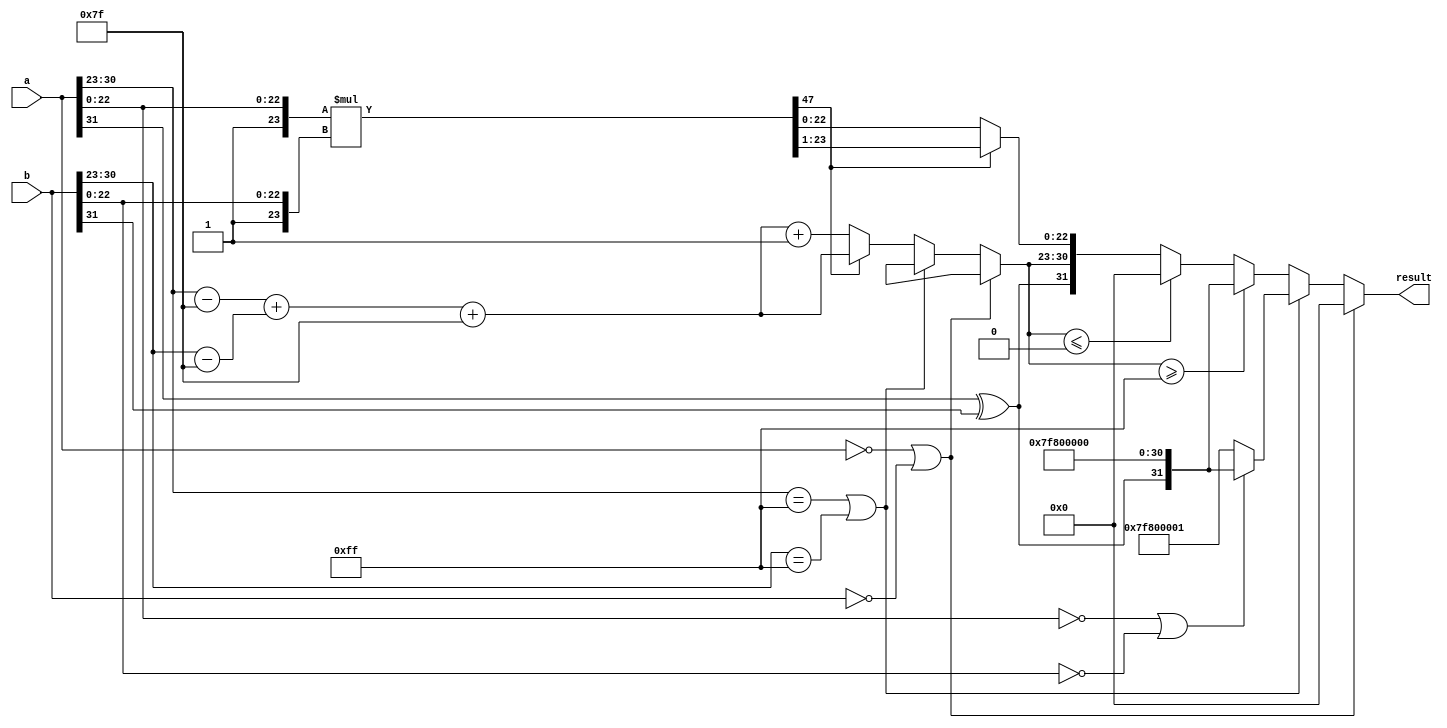
module fp_multiplier (
    input [31:0] a, // First floating-point input
    input [31:0] b, // Second floating-point input
    output reg [31:0] result // Resulting floating-point output
);

    // Constants
    localparam BIAS = 8'd127;
    localparam EXPONENT_BITS = 8;
    localparam MANTISSA_BITS = 23;
    localparam EXPONENT_MAX = 8'b11111111; // 255
    localparam EXPONENT_MIN = 8'b00000000; // 0

    // Internal signals
    wire sign_a = a[31];
    wire sign_b = b[31];
    wire [EXPONENT_BITS-1:0] exp_a = a[30:23];
    wire [EXPONENT_BITS-1:0] exp_b = b[30:23];
    wire [MANTISSA_BITS-1:0] mant_a = a[22:0];
    wire [MANTISSA_BITS-1:0] mant_b = b[22:0];

    wire [MANTISSA_BITS+1:0] mant_a_norm = {1'b1, mant_a}; // Normalize mantissa a
    wire [MANTISSA_BITS+1:0] mant_b_norm = {1'b1, mant_b}; // Normalize mantissa b

    // Sign of the result
    wire sign_result = sign_a ^ sign_b;

    // Exponent calculation
    wire [EXPONENT_BITS-1:0] exp_a_bias = exp_a - BIAS;
    wire [EXPONENT_BITS-1:0] exp_b_bias = exp_b - BIAS;
    wire [EXPONENT_BITS-1:0] exp_result = exp_a_bias + exp_b_bias + BIAS;

    // Mantissa multiplication
    wire [2*MANTISSA_BITS+1:0] mant_result = mant_a_norm * mant_b_norm;

    // Normalization of the result
    reg [MANTISSA_BITS+1:0] mantissa_final;
    reg [EXPONENT_BITS-1:0] exponent_final;
    reg overflow, underflow;

    always @(*) begin
        // Default values
        mantissa_final = 0;
        exponent_final = 0;
        overflow = 0;
        underflow = 0;

        // Check for zero inputs
        if (a == 32'b0 || b == 32'b0) begin
            result = 32'b0; // Result is zero
        end else if (exp_a == EXPONENT_MAX || exp_b == EXPONENT_MAX) begin
            // Handle NaN or Infinity
            if (mant_a == 0 || mant_b == 0) begin
                result = {sign_result, EXPONENT_MAX, 23'b0}; // Infinity
            end else begin
                result = {1'b0, EXPONENT_MAX, 23'b1}; // NaN
            end
        end else begin
            // Normalization
            if (mant_result[2*MANTISSA_BITS+1]) begin
                // Already normalized
                mantissa_final = mant_result[MANTISSA_BITS+1:1]; // Shift right
                exponent_final = exp_result;
            end else begin
                // Need to normalize
                mantissa_final = mant_result[MANTISSA_BITS:0]; // Shift right
                exponent_final = exp_result + 1; // Increment exponent
            end

            // Check for overflow and underflow
            if (exponent_final >= EXPONENT_MAX) begin
                overflow = 1;
                result = {sign_result, EXPONENT_MAX, 23'b0}; // Set to infinity
            end else if (exponent_final <= 0) begin
                underflow = 1;
                result = 32'b0; // Set to zero
            end else begin
                // Construct the result
                result = {sign_result, exponent_final[EXPONENT_BITS-1:0], mantissa_final[MANTISSA_BITS-1:0]};
            end
        end
    end

endmodule